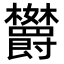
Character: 𬅘